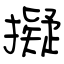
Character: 擬